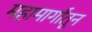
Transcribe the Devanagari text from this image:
महामार्गांतून